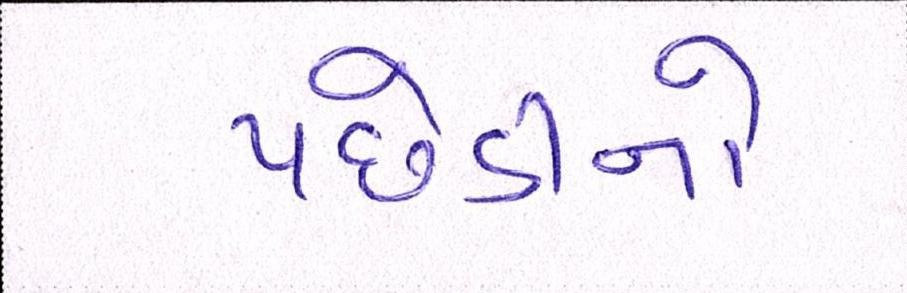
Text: પછેડીનો